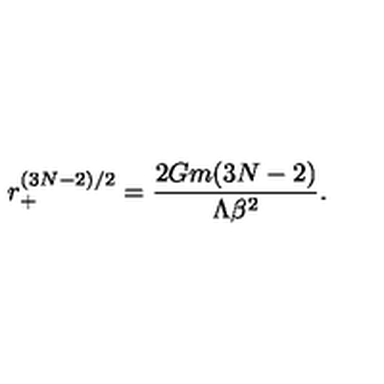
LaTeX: r _ { + } ^ { ( 3 N - 2 ) / 2 } = \frac { 2 G m ( 3 N - 2 ) } { \Lambda \beta ^ { 2 } } .